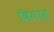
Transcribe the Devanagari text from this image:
बियाह